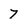
Character: 7